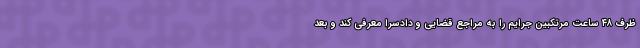
ظرف ۴۸ ساعت مرتکبین جرایم را به مراجع قضایی و دادسرا معرفی کند و بعد